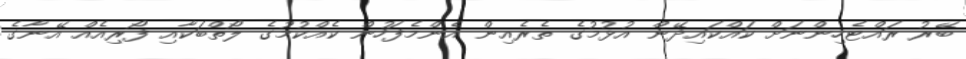
ބޭރު ރައްޓެހިންނަށް ކައްކައިދޭން އުޅުމުގެ ތެރެއިން އެންމެފަހުން ކެއްކުމުގެ ލޯތްބަކާއި ފޯރިއެއް އޭނާގެ